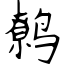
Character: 鹩